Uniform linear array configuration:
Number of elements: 12
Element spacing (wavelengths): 0.5
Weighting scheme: blackman
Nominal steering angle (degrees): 0
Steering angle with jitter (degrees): -1.092
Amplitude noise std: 0.05
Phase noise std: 0.05

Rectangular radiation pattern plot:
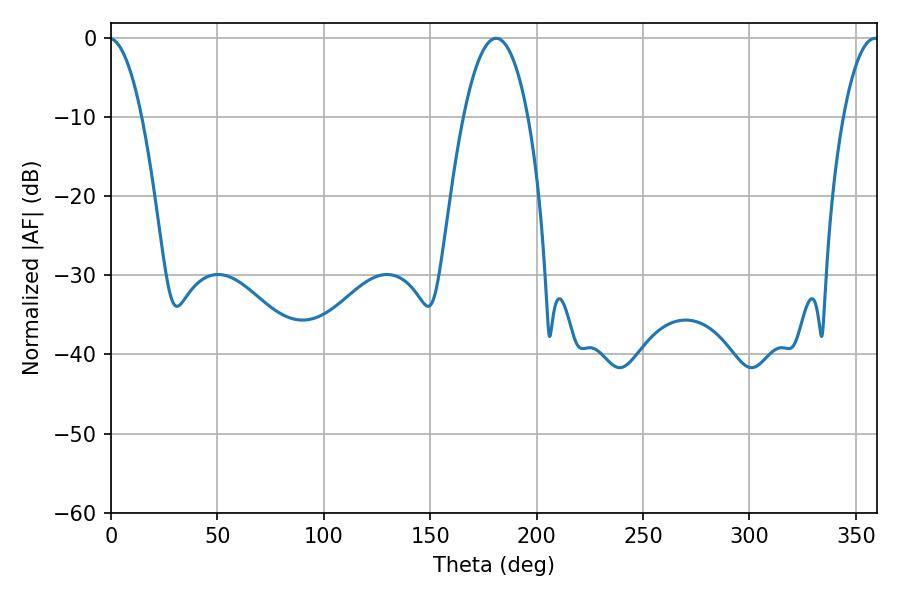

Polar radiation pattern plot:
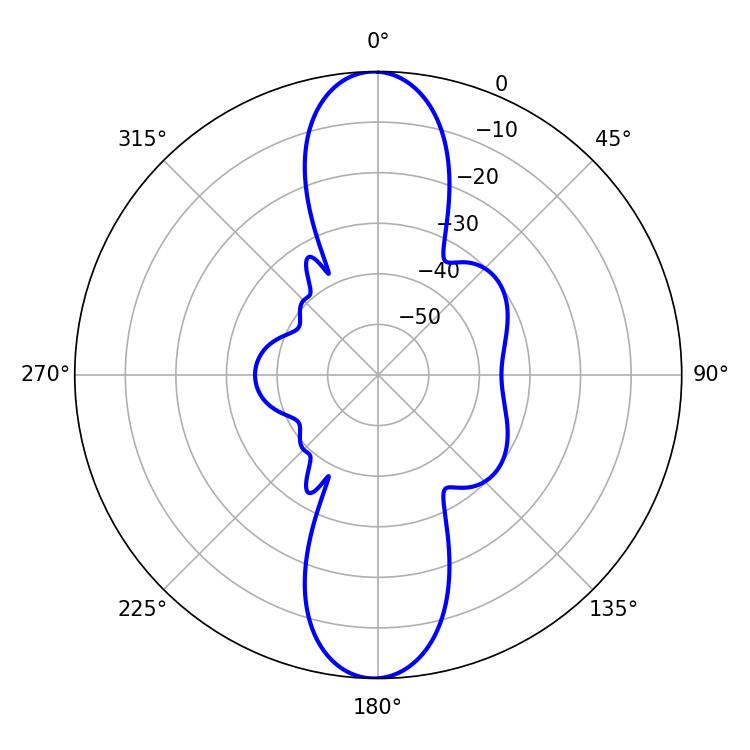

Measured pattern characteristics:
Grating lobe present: FALSE
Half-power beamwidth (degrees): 16.92
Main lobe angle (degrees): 180.9